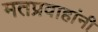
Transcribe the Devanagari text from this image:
मतप्रवाहांनी